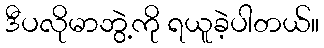
ဒီပလိုမာဘွဲ့ကို ရယူခဲ့ပါတယ်။